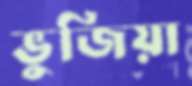
ভুজিয়া